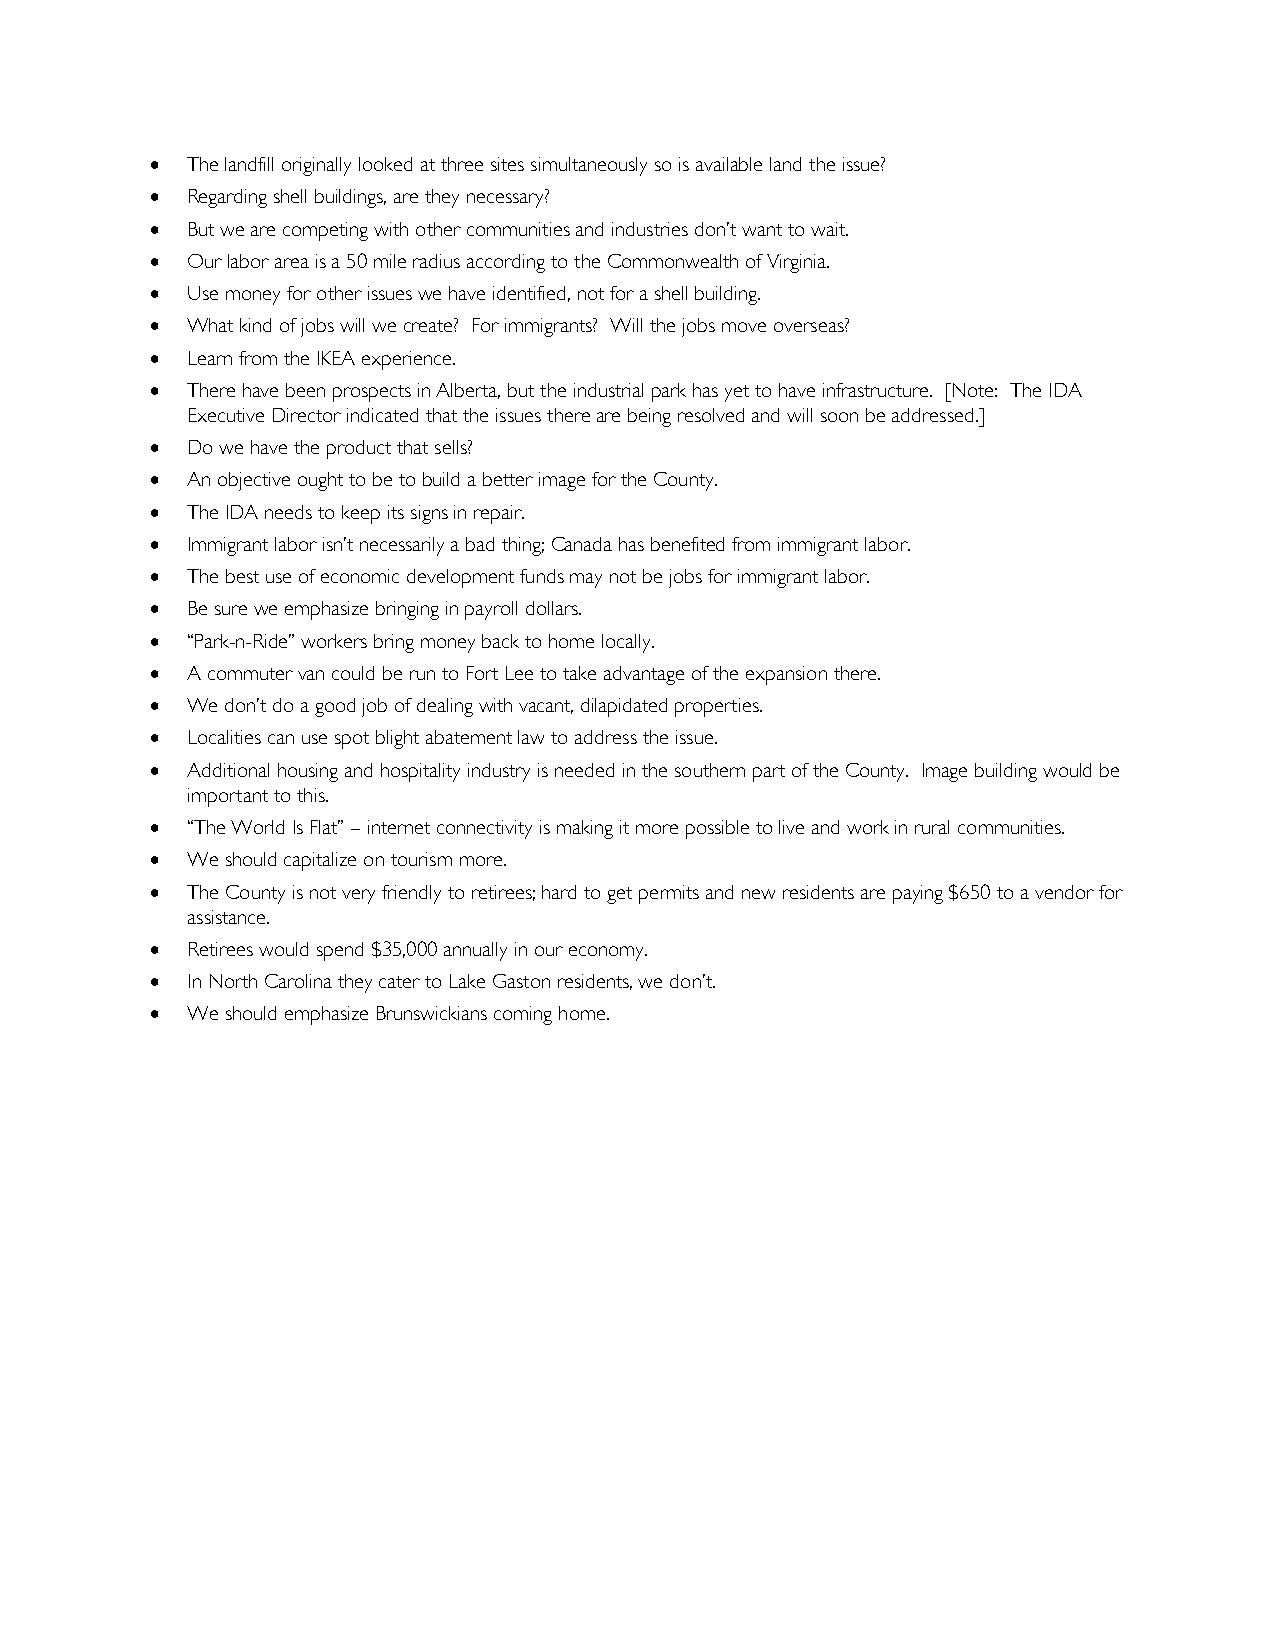
• The landfill originally looked at three sites simultaneously so is available land the issue?
 • Regarding shell buildings, are they necessary?
 • But we are competing with other communities and industries don’t want to wait.
 • Our labor area is a 50 mile radius according to the Commonwealth of Virginia.
 • Use money for other issues we have identified, not for a shell building.
 • What kind of jobs will we create? For immigrants? Will the jobs move overseas?
 • Learn from the IKEA experience.
 • There have been prospects in Alberta, but the industrial park has yet to have infrastructure. [Note: The IDA
 Executive Director indicated that the issues there are being resolved and will soon be addressed.]
 • Do we have the product that sells?
 • An objective ought to be to build a better image for the County.
 • The IDA needs to keep its signs in repair.
 • Immigrant labor isn’t necessarily a bad thing; Canada has benefited from immigrant labor.
 • The best use of economic development funds may not be jobs for immigrant labor.
 • Be sure we emphasize bringing in payroll dollars.
 • “Park-n-Ride” workers bring money back to home locally.
 • A commuter van could be run to Fort Lee to take advantage of the expansion there.
 • We don’t do a good job of dealing with vacant, dilapidated properties.
 • Localities can use spot blight abatement law to address the issue.
 • Additional housing and hospitality industry is needed in the southern part of the County. Image building would be
 important to this.
 • “The World Is Flat” – internet connectivity is making it more possible to live and work in rural communities.
 • We should capitalize on tourism more.
 • The County is not very friendly to retirees; hard to get permits and new residents are paying $650 to a vendor for
 assistance.
 • Retirees would spend $35,000 annually in our economy.
 • In North Carolina they cater to Lake Gaston residents, we don’t.
 • We should emphasize Brunswickians coming home.